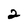
Character: 2